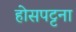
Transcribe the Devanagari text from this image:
होसपट्टना